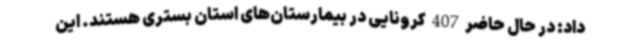
داد: در حال حاضر 407 کرونایی در بیمارستان‌های استان بستری هستند. این